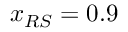
x _ { R S } = 0 . 9